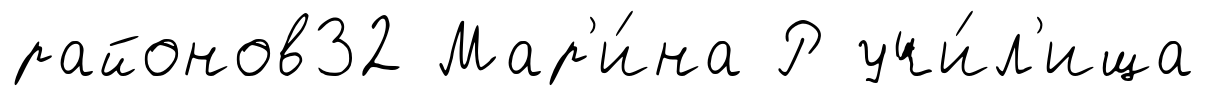
районов32 Мар'и́на Р учи́л'ища